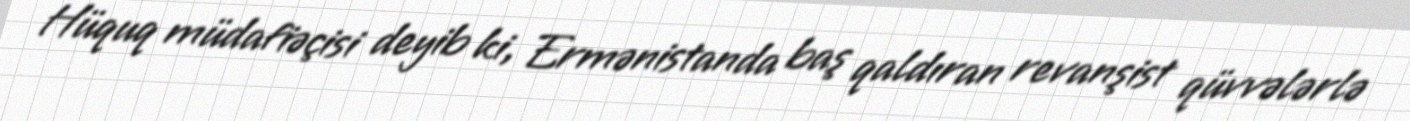
Hüquq müdafiəçisi deyib ki, Ermənistanda baş qaldıran revanşist qüvvələrlə